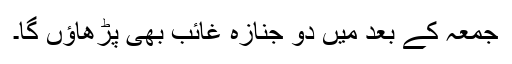
جمعہ کے بعد مَیں دو جنازہ غائب بھی پڑھاؤں گا۔